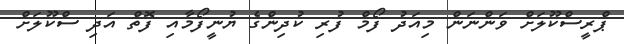
ޕްރީސްކޫލަށް ވަންނަން މިއަދު ފޯމް ފުރި ކުދިންގެ ޔުނީފޯމާއި ފޮތް އަދި ސްކޫލަށް